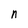
Character: n